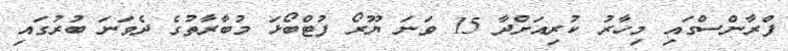
ފްރާންސްގައި މިހާރު ކުރިއަށްދާ 15 ވަނަ ޔޫރޯ ފުޓްބޯޅަ މުބާރާތުގެ ދެވަނަ ބުރުގައި